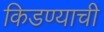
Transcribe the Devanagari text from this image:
किडण्याची